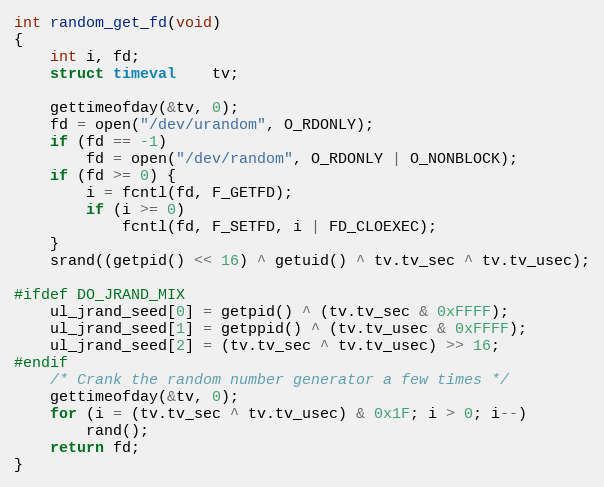
Language: C
int random_get_fd(void)
{
	int i, fd;
	struct timeval	tv;

	gettimeofday(&tv, 0);
	fd = open("/dev/urandom", O_RDONLY);
	if (fd == -1)
		fd = open("/dev/random", O_RDONLY | O_NONBLOCK);
	if (fd >= 0) {
		i = fcntl(fd, F_GETFD);
		if (i >= 0)
			fcntl(fd, F_SETFD, i | FD_CLOEXEC);
	}
	srand((getpid() << 16) ^ getuid() ^ tv.tv_sec ^ tv.tv_usec);

#ifdef DO_JRAND_MIX
	ul_jrand_seed[0] = getpid() ^ (tv.tv_sec & 0xFFFF);
	ul_jrand_seed[1] = getppid() ^ (tv.tv_usec & 0xFFFF);
	ul_jrand_seed[2] = (tv.tv_sec ^ tv.tv_usec) >> 16;
#endif
	/* Crank the random number generator a few times */
	gettimeofday(&tv, 0);
	for (i = (tv.tv_sec ^ tv.tv_usec) & 0x1F; i > 0; i--)
		rand();
	return fd;
}